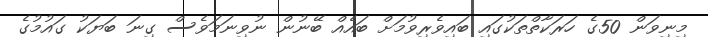
މިނިވަން 50ގެ ހަރަކާތްތަކުގައި ބައިވެރިވުމަށް ބައެއް ބޭނުން ނުވިނަމަވެސް ގިނަ ބަޔަކު ގައުމުގެ